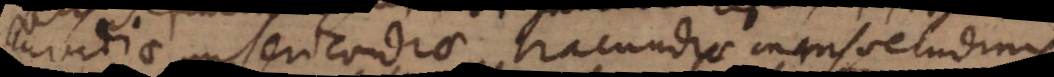
invidiae, misericordiae, iracundiae, mansuetudinis